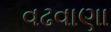
વઢવાણા